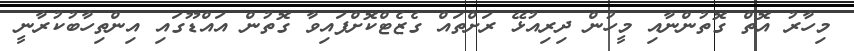
މިހާރު އޮތް ގޮތުންނާއި މީހުން ދިރިއުޅޭ ރަށްތައް ގެޒެޓްކޮށްފައިވާ ގޮތުން އައްޑޫގައި އިންތިހާބުކުރާނީ